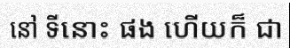
នៅ ទីនោះ ផង ហើយក៏ ជា